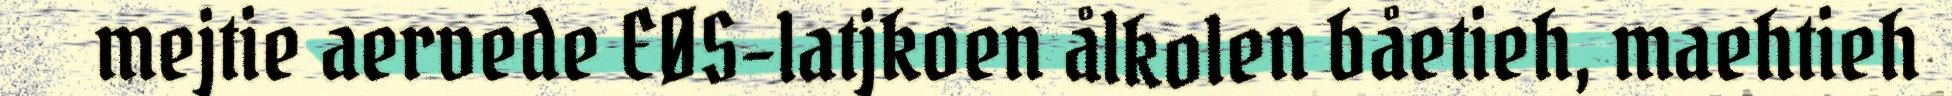
mejtie aervede EØS-latjkoen ålkolen båetieh, maehtieh